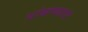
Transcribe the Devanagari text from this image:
थांबण्याचं